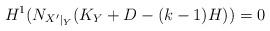
LaTeX: \begin{align*}H^1({N_{X'}}_{|_Y}(K_Y+D-(k-1)H))=0\end{align*}